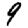
Digit: 9